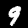
Label: 9